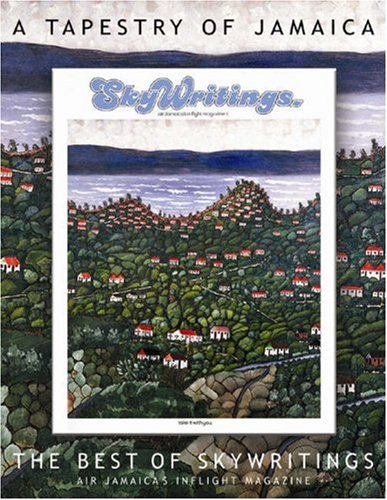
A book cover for A Tapestry of Jamaica: The Best of Skywritngs; Linda Gambrill; Travel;